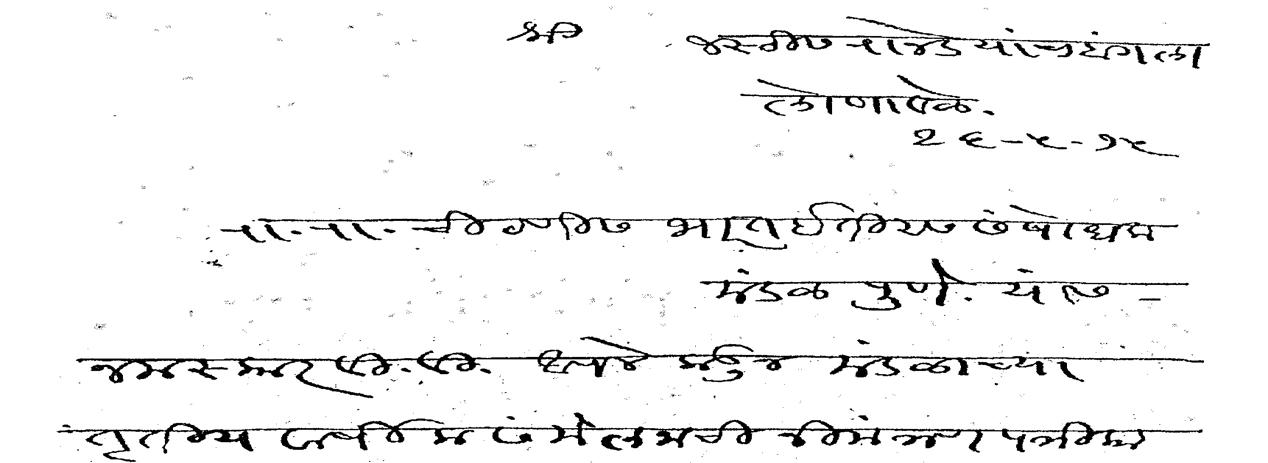
Transliteration (Devanagari): श्री जस्टीस रानडे यांचा बंगला लोणावळे २६ ५ १५ रा रा चिटणीस भारत इतिहास संषोधक मंडळ पुणे यांस नमस्कार वि वि आपलेकडून मंडळाच्या तृतीय वार्षिक संमेलनाची निमंत्रण पत्रिका